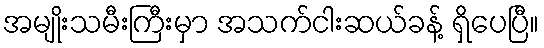
အမျိုးသမီးကြီးမှာ အသက်ငါးဆယ်ခန့် ရှိပေပြီ။